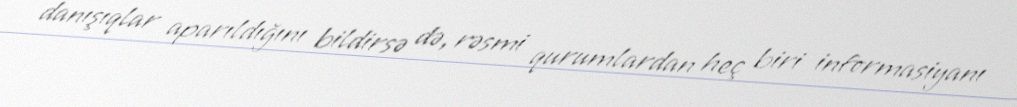
danışıqlar aparıldığını bildirsə də, rəsmi qurumlardan heç biri informasiyanı